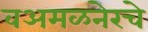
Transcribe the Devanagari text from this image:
वअमळनेरचे